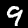
Digit: 9